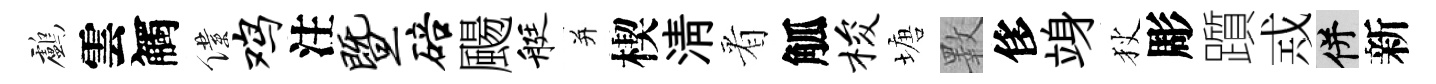
鸕雲觸僕鸡注暨碚颺艇并楔淸㸔觚梭塘斁侈竧狄彫躓𢦶并新